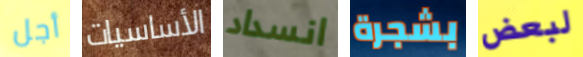
أجل الأساسيات انسداد بشجرة لبعض